Annual administration report of the Bombay Presidency - 1887-1892
Year: 1887
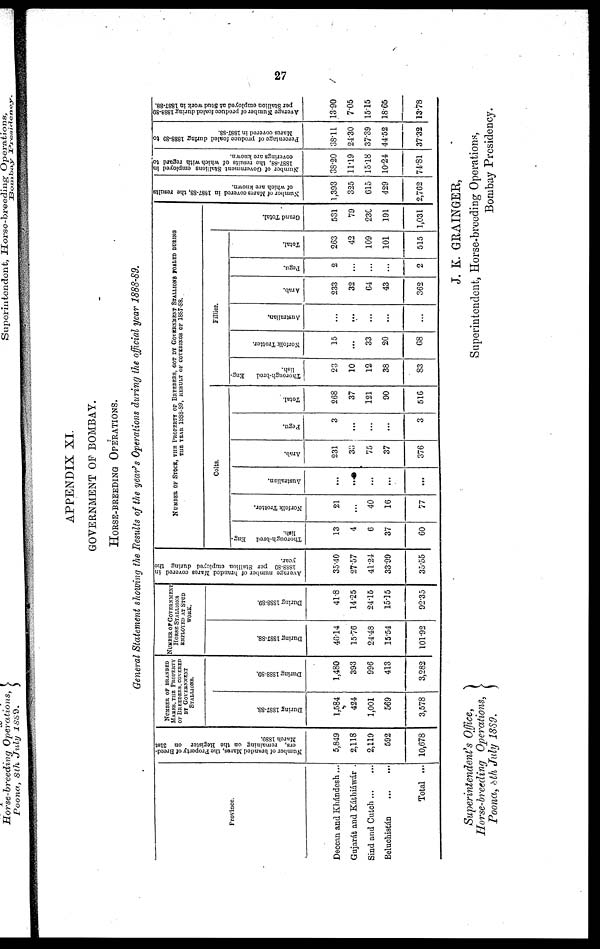
27
APPENDIX XI.
GOVERNMENT OF BOMBAY.
HORSE-BREEDING OPERATIONS.
General Statement showing the Results of the year's Operations during the official year 1888-89.
Province.
Deccan and Khándesh...
Gujarát and Káthiáwár .
Sind and Cutch
...
...
Beluchistán
...
...
Total ...
Number of branded Mares, the Property of Breed-
ers, remaining on the Register on 31st
March 1889.
5,849
2,118
2,119
592
10,678
NUMBER OF BRANDED
MASKS, THE PROPERTY
OF BREEDERS, COVERED
BY GOVERNMENT
STALLIONS.
Dur i
ng 1887- 88.
1,584
424
1,001
569
3,578
Dur i
ng 1888- 89.
1,480
393
996
413
3,282
NUMBER OF GOVERNMENT
HORSE STALLIONS
EMPLOYED AT STUD
WORK.
Dur i
ng 1887- 88.
46.14
15.76
24.48
15.54
101.92
Dur i
ng 1888-89.
41.8
14.25
24.15
15.15
92.35
Average
number of branded Mares covered in
1888-89
per Stallion employed during the
year.
35.40
27.57
41.24
33.99
35.55
NUMBER OF STOCK, THE PROPERTY OF BREEDERS, GOT BY GOVERNMENT STALLIONS FOALED DURING
THE YEAR 1888-89, RESULT OF COVERINGS OF 1887-88.
Colts.
Thorough-bred Eng-
lish.
13
4
6
37
60
Norfolk Trotter.
21
...
40
16
77
Australian.
...
...
...
...
...
Arab.
231
33
75
37
376
Pegu.
3
...
...
...
3
Total.
268
37
121
90
516
Fillies.
Thorough-bred
Eng-
lish.
23
10
12
38
83
Norfolk Trotter.
15
...
33
20
68
Australian.
...
...
...
...
...
Arab.
233
32
64
43
362
Pegu.
2
...
...
...
2
Total.
263
42
109
101
515
Gr a nd Tot al .
531
79
230
191
1,031
Number of Mares covered in 1887-88,
the results
of which are known.
1,393
325
615
429
2,762
Number of Government Stallions employed in
1887-88,
the results
of which with regard to
coverings are known.
38.20
11.19
15.18
10.24
74.81
Percentage of produce foaled during 1888-89 to
Mares
covered in 1887-88.
38.11
24.30
37.39
44.52
37.32
Average
Number of produce foaled during 1888-89
per Stallion employed at Stud work in 1887-88.
13.90
7.05
15.15
18.65
13.78
Superintendent's Office,
Horse-breeding Operations,
Poona, 8th July 1889.
J. K. GRAINGER,
Superintendent, Horse-breeding Operations,
Bombay Presidency.